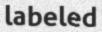
labeled